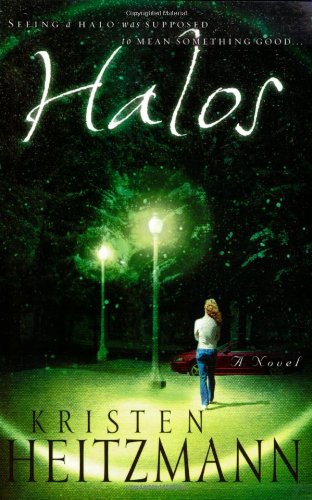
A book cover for Halos; Kristen Heitzmann; Religion & Spirituality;